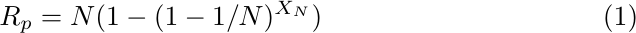
\begin{equation}\label{eq:R_N0m}
R_p=N(1-(1-{1}/{N})^{X_N})
\end{equation}